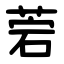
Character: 菪